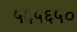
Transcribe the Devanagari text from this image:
५६५६५०